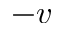
- v